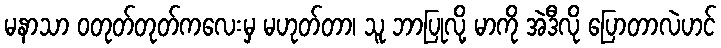
မနာသာ ဝတုတ်တုတ်ကလေးမှ မဟုတ်တာ၊ သူ ဘာပြုလို့ မာကို အဲဒီလို ပြောတာလဲဟင်